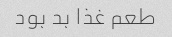
طعم غذا بد بود